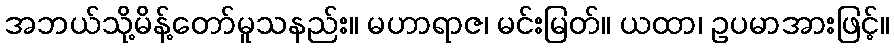
အဘယ်သို့မိန့်တော်မူသနည်း။ မဟာရာဇ၊ မင်းမြတ်။ ယထာ၊ ဥပမာအားဖြင့်။